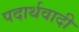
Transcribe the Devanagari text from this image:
पदार्थवादी